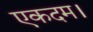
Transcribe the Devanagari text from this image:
एकदम।